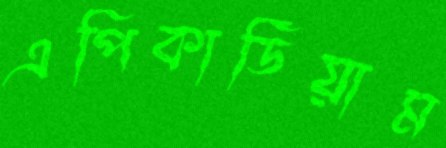
এপিকার্ডিয়াম